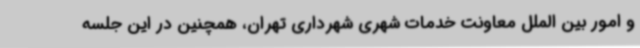
و امور بین الملل معاونت خدمات شهری شهرداری تهران، همچنین در این جلسه